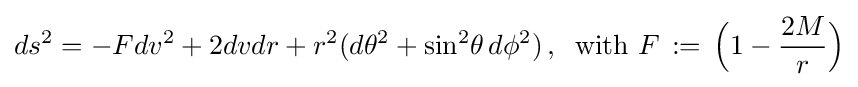
ds^{2}=-Fdv^{2}+2dvdr+r^{2}(d\theta ^{2}+\sin ^{2}\!\theta \,d\phi ^{2})\,,\;\;{\text{with }}F\,:=\,{\Big (}1-{\frac {2M}{r}}{\Big )}